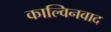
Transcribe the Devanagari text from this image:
काल्विनवाद